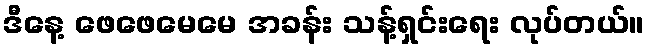
ဒီနေ့ ဖေဖေမေမေ အခန်း သန့်ရှင်းရေး လုပ်တယ်။